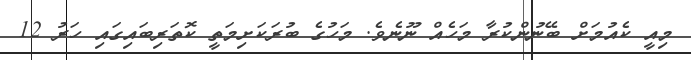
މިއީ ކެއުމަށް ބޭނުންކުރާ މަހެއް ނޫނެވެ. މަހުގެ ބުރަކަށިމަތީ ކޮތަރިބައިގައި ހަރު 12